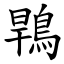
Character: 䳚